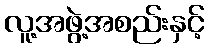
လူ့အဖွဲ့အစည်းနှင့်